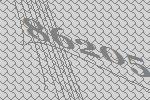
86205